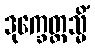
ဒုက္ခေတ္တသ္မိံ